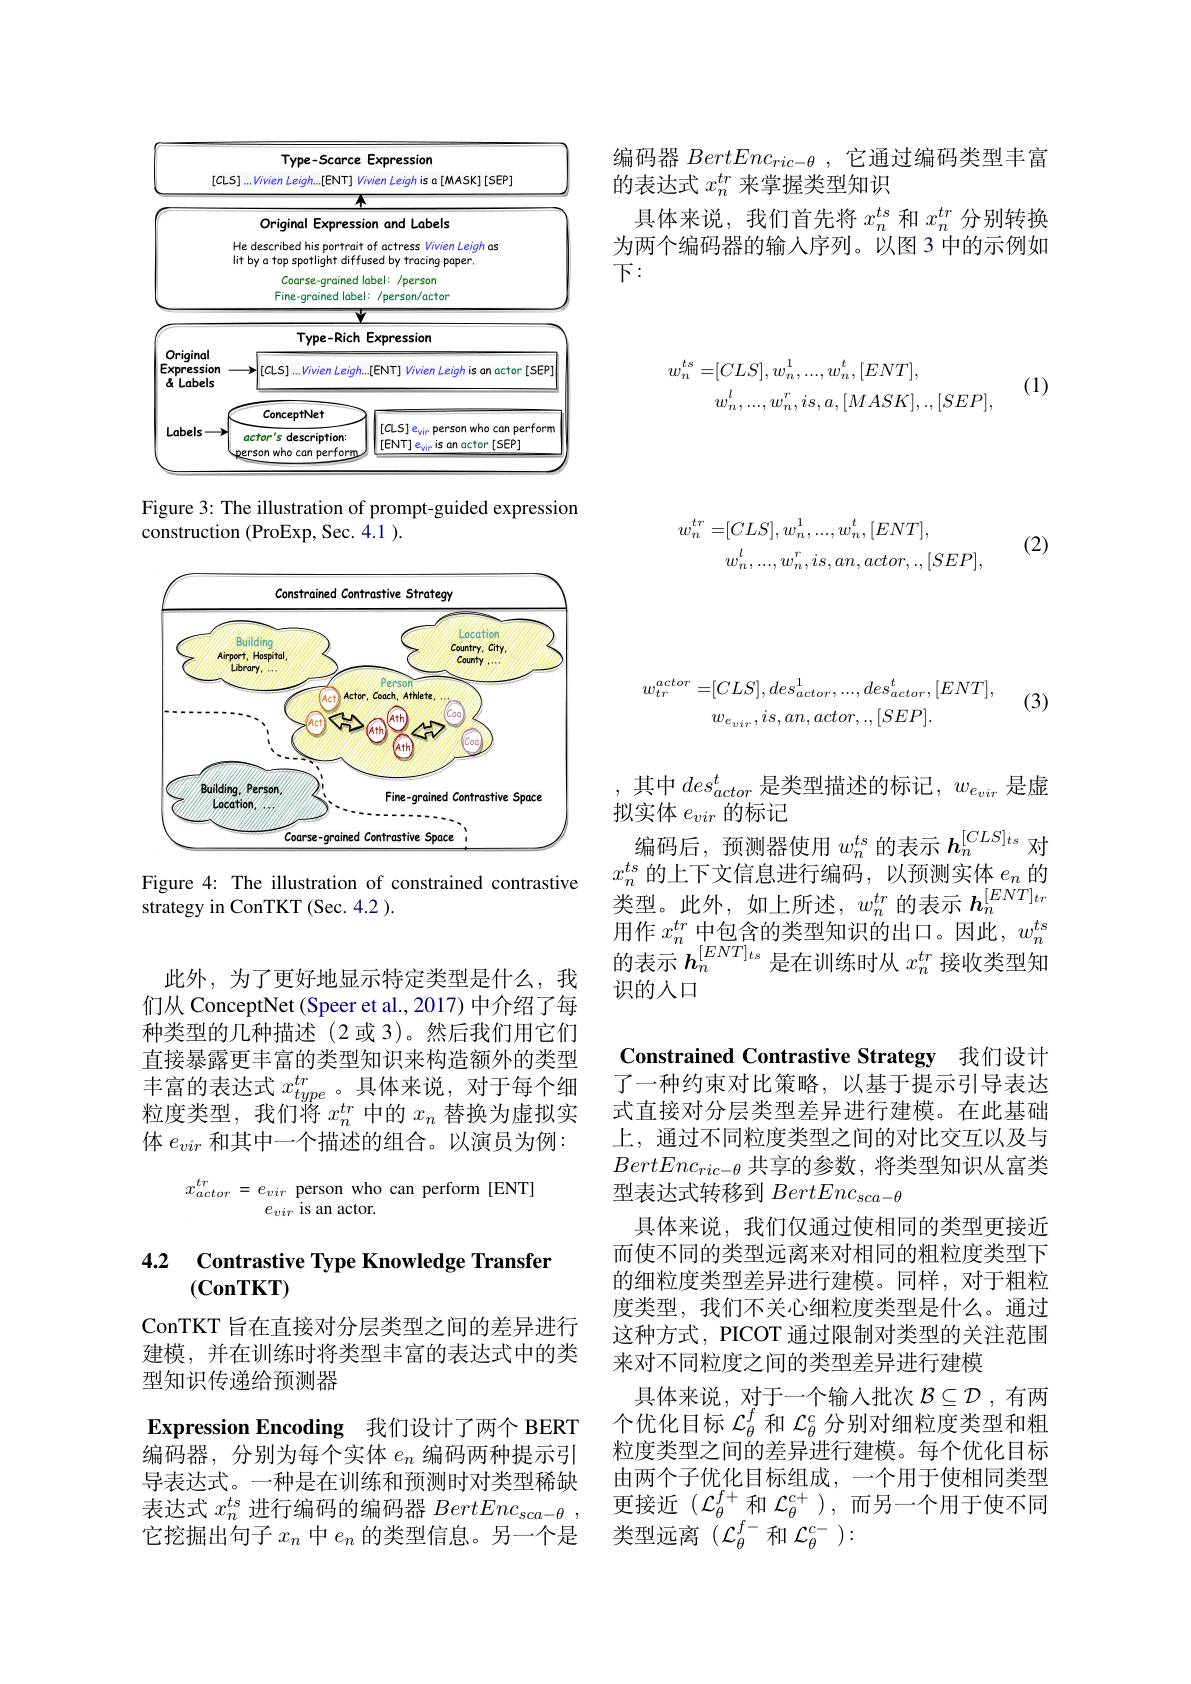
编码器$BertEnc_{ric-\theta}$,它通过编码类型丰富
的表达式$x_n^{tr}$来掌握类型知识
具体来说，我们首先将$x_n^{ts}$和$x_n^{tr}$分别转换为两个编码器的输入序列。以图 3 中的示例如下：
$$\begin{aligned}w_{n}^{ts}=&[CLS],w_{n}^{1},...,w_{n}^{t},[ENT],\\&w_{n}^{l},...,w_{n}^{r},is,a,[MASK],.,[SEP],\end{aligned}$$
(1)

<table>
	<tbody>
		<tr>
			<td>$[CL5]..$</td>
			<td>vien Leigh is a[MASK][SEP]</td>
		</tr>
		<tr>
			<td> </td>
			<td>n and Labels on</td>
		</tr>
		<tr>
			<td>He litb</td>
			<td>of actress Vivien Leigh $7as$ sed by tracing paper.</td>
		</tr>
		<tr>
			<td> </td>
			<td>$abel:$ $/person$ 1 /person/actor</td>
		</tr>
		<tr>
			<td> </td>
			<td>Expression</td>
		</tr>
		<tr>
			<td>Original Expression a Labels</td>
			<td>$.[ENT]$ Vivien Leigh is an actor [ SEP]</td>
		</tr>
		<tr>
			<td>Labels - ac</td>
			<td>[CLS] evir person who can perform $[ENT]e_{\mathrm{vir}}isanactor[SEP]$</td>
		</tr>
	</tbody>
</table>

Figure 3: The illustration of prompt-guided expression
construction (ProExp, Sec. 4.1 ).

<FigureHere>

Figure 4: The illustration of constrained contrastive
strategy in ConTKT (Sec. 4.2 ).
$$\begin{aligned}w_{n}^{tr}=&[CLS],w_{n}^{1},...,w_{n}^{t},[ENT],\\&w_{n}^{l},...,w_{n}^{r},is,an,actor,.,[SEP],\end{aligned}$$
(2)

此外，为了更好地显示特定类型是什么，我们从 ConceptNet (Speer et al., 2017) 中介绍了每种类型的几种描述(2或 3)。然后我们用它们直接暴露更丰富的类型知识来构造额外的类型丰富的表达式$x_type$ 。具体来说，对于每个细粒度类型，我们将$x_n^tr$中的$x_n$替换为虚拟实体$e_{vir}$和其中一个描述的组合。以演员为例：

$x_{actor}^{tr}=e_{vir}$ person who can perform [ENT]
$e_{vir}$ is an actor.

## 4.2 Contrastive Type Knowledge Transfer $(\mathbf{ConTKT})$

ConTKT 旨在直接对分层类型之间的差异进行建模，并在训练时将类型丰富的表达式中的类型知识传递给预测器

Expression Encoding 我们设计了两个 BERT 编码器，分别为每个实体$e_n$编码两种提示引导表达式。一种是在训练和预测时对类型稀缺表达式$x_n^{ts}$进行编码的编码器$BertEnc_sca- \theta$ , 它挖掘出句子$x_n$中$e_n$的类型信息。另一个是
$$w_{tr}^{actor}=[CLS],des_{actor}^{1},...,des_{actor}^{t},[ENT],\\w_{e_{vir}},is,an,actor,.,[SEP].$$
(3)

其中$des_actor^t$是类型描述的标记，$w_{e_{vir}}$是虚
拟实体$e_{vir}$的标记
编码后，预测器使用$w_n^{ts}$的表示$h_n^{[CLS]_{ts}}$对$x_{n}^{ts}$的上下文信息进行编码，以预测实体$e_n$的类型。此外，如上所述，$w_n^tr$的表示 $h_n^{[ENT]_{tr}}$ 用作$x_n^{tr}$中包含的类型知识的出口。因此，$w_n^ts$ 的表示$h_n^{[ENT]_{ts}}$是在训练时从$x_n^{tr}$接收类型知识的人口

Constrained Contrastive Strategy 我们设计

了一种约束对比策略，以基于提示引导表达式直接对分层类型差异进行建模。在此基础上，通过不同粒度类型之间的对比交互以及与$BertEnc_{ric-\theta}$共享的参数，将类型知识从富类型表达式转移到$BertEnc_{sca-\theta}$
具体来说，我们仅通过使相同的类型更接近而使不同的类型远离来对相同的粗粒度类型下的细粒度类型差异进行建模。同样，对于粗粒度类型，我们不关心细粒度类型是什么。通过这种方式，PICOT 通过限制对类型的关注范围来对不同粒度之间的类型差异进行建模
具体来说，对于一个输入批次$\mathcal{B}\subseteq\mathcal{D}$ ,有两个优化目标$\mathcal{L}_\theta^f$和$\mathcal{L}_\theta^c$分别对细粒度类型和粗粒度类型之间的差异进行建模。每个优化目标由两个子优化目标组成，一个用于使相同类型更接近($\mathcal{L}_\theta^f+$和 $\mathcal{L}_\theta^c+$),而另一个用于使不同类型远离($\mathcal{L}_\theta^f-$ 和$\mathcal{L}_\theta^c-):$